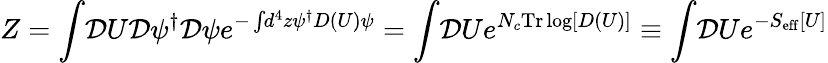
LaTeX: Z=\int\! {\cal D}U{\cal D}\psi^{\dagger}{\cal D}\psi e^{-\int\! d^{4}z\psi^{\dagger}D(U)\psi}=\int\! {\cal D}Ue^{N_{c}\mathrm{Tr}\log[D(U)]}\equiv\int\! {\cal D}Ue^{-S_{\mathrm{eff}}[U]}